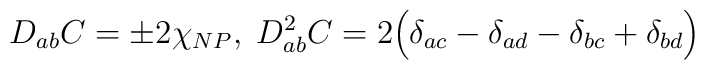
D_{ab}C= \pm 2\chi_{NP},\;D_{ab}^2C= 2\Bigl(\delta_{ac}-\delta_{ad}-\delta_{bc}+\delta_{bd}\Bigr)